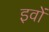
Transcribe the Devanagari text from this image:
इवों